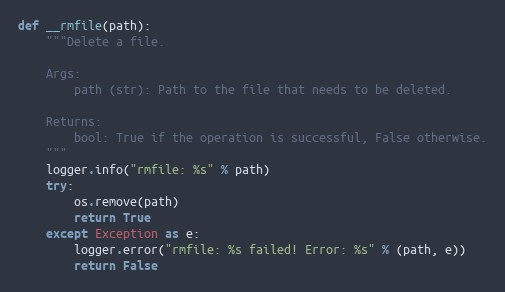
Language: Python
def __rmfile(path):
    """Delete a file.

    Args:
        path (str): Path to the file that needs to be deleted.

    Returns:
        bool: True if the operation is successful, False otherwise.
    """
    logger.info("rmfile: %s" % path)
    try:
        os.remove(path)
        return True
    except Exception as e:
        logger.error("rmfile: %s failed! Error: %s" % (path, e))
        return False